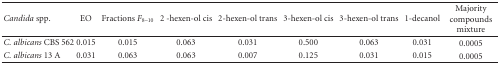
<table><thead><tr><td><b><i>Candida </i>spp.</b></td><td><b>EO</b></td><td><b>Fractions <i>F</i><sub>8–10</sub></b></td><td><b>2 -hexen-ol cis</b></td><td><b>2-hexen-ol trans</b></td><td><b>3-hexen-ol cis</b></td><td><b>3-hexen-ol trans</b></td><td><b>1-decanol</b></td><td><b>Majority compounds mixture</b></td></tr></thead><tbody><tr><td><i>C. albicans </i>CBS 562</td><td>0.015</td><td>0.015</td><td>0.063</td><td>0.031</td><td>0.500</td><td>0.063</td><td>0.031</td><td>0.0005</td></tr><tr><td><i>C. albicans </i>13 A</td><td>0.031</td><td>0.063</td><td>0.063</td><td>0.007</td><td>0.125</td><td>0.031</td><td>0.015</td><td>0.0005</td></tr></tbody></table>